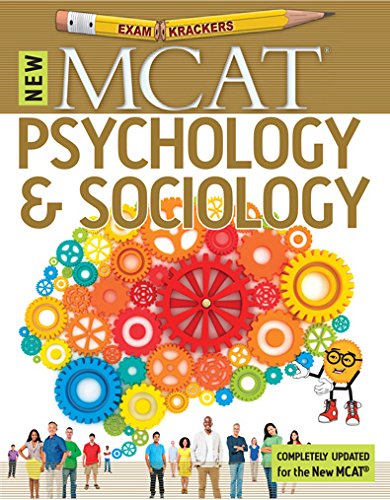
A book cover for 9th Examkrackers MCAT Psychology & Sociology (EXAMKRACKERS MCAT MANUALS); Jonathan Orsay; Test Preparation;